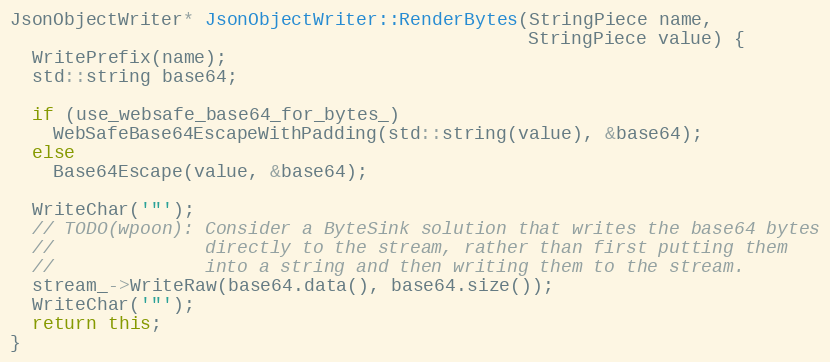
Language: C++
JsonObjectWriter* JsonObjectWriter::RenderBytes(StringPiece name,
                                                StringPiece value) {
  WritePrefix(name);
  std::string base64;

  if (use_websafe_base64_for_bytes_)
    WebSafeBase64EscapeWithPadding(std::string(value), &base64);
  else
    Base64Escape(value, &base64);

  WriteChar('"');
  // TODO(wpoon): Consider a ByteSink solution that writes the base64 bytes
  //              directly to the stream, rather than first putting them
  //              into a string and then writing them to the stream.
  stream_->WriteRaw(base64.data(), base64.size());
  WriteChar('"');
  return this;
}